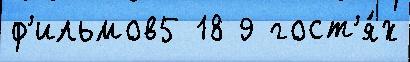
ф'ильмов5 18 9 гост'я́х